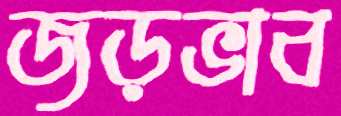
জড়ভাব